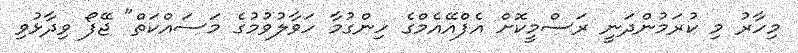
މިހާރު މި ކުރަމުންދަނީ ރަސްމީކޮށް އެފްއޭއެމްގެ ހިންގުމާ ހަވާލުވުމުގެ މަސައްކަތް" ޖޭފޯ ވިދާޅުވި